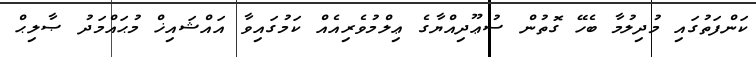
ކަންފަތުގައި މުދިލުމާ ބެހޭ ގޮތުން ސުޢޫދިއްޔާގެ ޢިލްމުވެރިއެއް ކަމުގައިވާ އައްޝައިޚް މުޙައްމަދު ޞާލިޙް